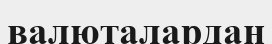
валюталардан